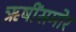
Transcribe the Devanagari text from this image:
ऋषींसमोर